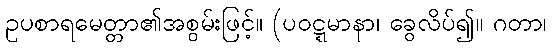
ဥပစာရမေတ္တာ၏အစွမ်းဖြင့်။ (ပဝဋ္ဋမာနာ၊ ခွေလိပ်၍။ ဂတာ၊